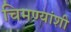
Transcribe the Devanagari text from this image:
चिमण्यांशी